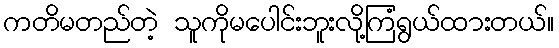
ကတိမတည်တဲ့ သူကိုမပေါင်းဘူးလို့ကြံရွယ်ထားတယ်။